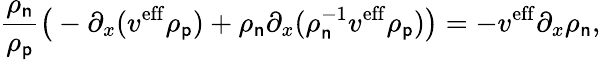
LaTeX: \frac{\rho_{\mathsf{n}}}{\rho_{\mathsf{p}}}\big(-\partial_{x}(v^{\mathrm{eff}}\rho_{\mathsf{p}})+\rho_{\mathsf{n}}\partial_{x}(\rho_{\mathsf{n}}^{-1}v^{\mathrm{eff}}\rho_{\mathsf{p}})\big)=-v^{\mathrm{eff}}\partial_{x}\rho_{\mathsf{n}},